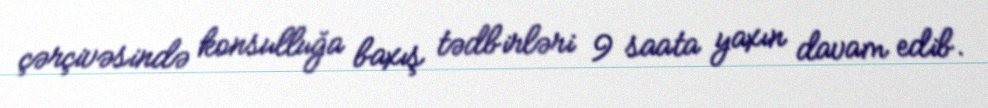
çərçivəsində konsulluğa baxış tədbirləri 9 saata yaxın davam edib.